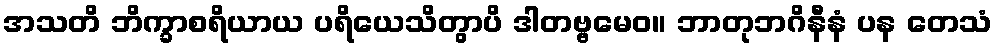
အသတိ ဘိက္ခာစရိယာယ ပရိယေသိတွာပိ ဒါတဗ္ဗမေဝ။ ဘာတုဘဂိနီနံ ပန တေသံ